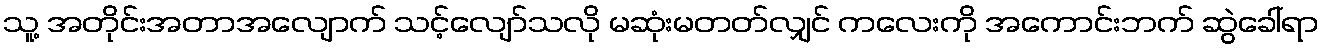
သူ့ အတိုင်းအတာအလျောက် သင့်လျော်သလို မဆုံးမတတ်လျှင် ကလေးကို အကောင်းဘက် ဆွဲခေါ်ရာ